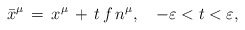
\begin{align*}\bar x ^\mu\,=\,x^\mu \,+\,t\,f\,n^\mu,\quad-\varepsilon < t < \varepsilon ,\end{align*}